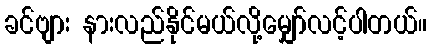
ခင်ဗျား နားလည်နိုင်မယ်လို့မျှော်လင့်ပါတယ်။